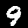
Digit: 9